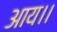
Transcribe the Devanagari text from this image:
आय।।